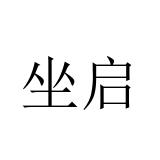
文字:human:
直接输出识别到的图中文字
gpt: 坐启